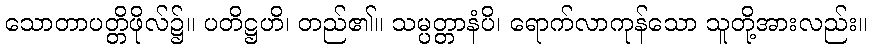
သောတာပတ္တိဖိုလ်၌။ ပတိဋ္ဌဟိ၊ တည်၏။ သမ္ပတ္တာနံပိ၊ ရောက်လာကုန်သော သူတို့အားလည်း။